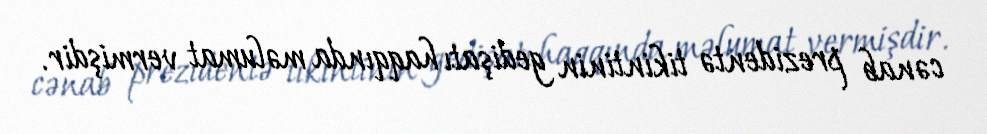
cənab prezidentə tikintinin gedişatı haqqında məlumat vermişdir.